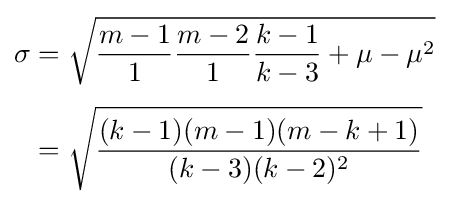
{\begin{aligned}\sigma &={\sqrt {{\frac {m-1}{1}}{\frac {m-2}{1}}{\frac {k-1}{k-3}}+\mu -\mu ^{2}}}\\[4pt]&={\sqrt {\frac {(k-1)(m-1)(m-k+1)}{(k-3)(k-2)^{2}}}}\end{aligned}}